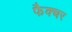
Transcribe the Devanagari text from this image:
फैक्चर